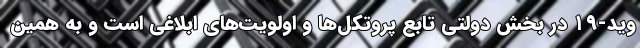
وید-۱۹ در بخش دولتی تابع پروتکل‌ها و اولویت‌های ابلاغی است و به همین